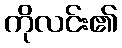
ကိုလင်း၏